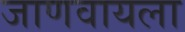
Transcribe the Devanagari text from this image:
जाणवायला